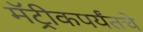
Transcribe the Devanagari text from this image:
मॅट्रीकपर्यंतचे